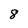
Character: 8